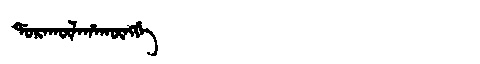
Manchu: ᡩᠣᡵᠠᡴᡡᠯᠠᡥᠠᡴᡡᠩᡤᡝ
Romanization: DORAKŪLAHAKŪNGGE